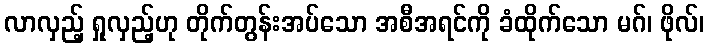
လာလှည့် ရှုလှည့်ဟု တိုက်တွန်းအပ်သော အစီအရင်ကို ခံထိုက်သော မဂ်၊ ဖိုလ်၊